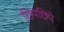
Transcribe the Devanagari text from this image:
छिपछिपे